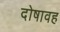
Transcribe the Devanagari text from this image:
दोषावह